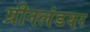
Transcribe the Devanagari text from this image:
ग्रीनलंडवर